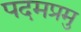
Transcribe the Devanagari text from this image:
पदमप्रमु